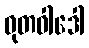
ဓုတဝါဒေါ